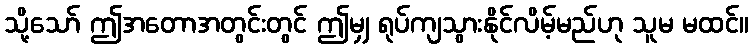
သို့သော် ဤအတောအတွင်းတွင် ဤမျှ ရုပ်ကျသွားနိုင်လိမ့်မည်ဟု သူမ မထင်။